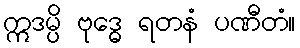
ဣဒမ္ပိ ဗုဒ္ဓေ ရတနံ ပဏီတံ။